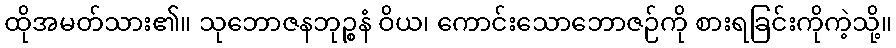
ထိုအမတ်သား၏။ သုဘောဇနဘုဉ္စနံ ဝိယ၊ ကောင်းသောဘောဇဉ်ကို စားရခြင်းကိုကဲ့သို့။